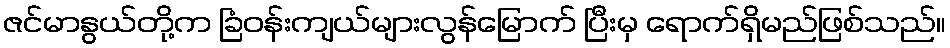
ဇင်မာနွယ်တို့က ခြံဝန်းကျယ်များလွန်မြောက် ပြီးမှ ရောက်ရှိမည်ဖြစ်သည်။